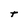
Character: t